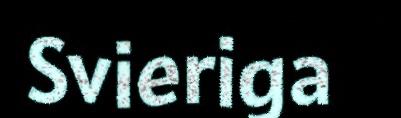
Svieriga